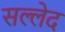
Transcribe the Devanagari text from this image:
सल्लेद